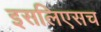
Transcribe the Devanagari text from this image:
इसलिएसच